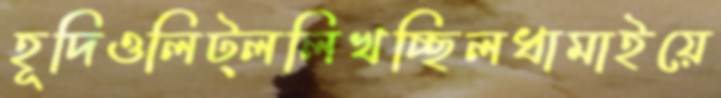
হূদিওলিট্ললিখচ্ছিলধামাইয়ে